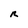
Character: R